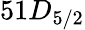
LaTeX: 51D_{5/2}